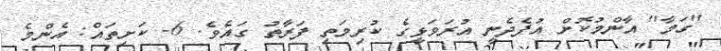
''ގަމާ'' އާންމުކޮށް އުފެދެނީ އުރަވަޅީގެ ކުރިމަތި ފަރާތު ގައެވެ. 6- ކަށިތައް: އެންމެ